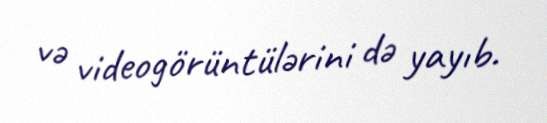
və videogörüntülərini də yayıb.